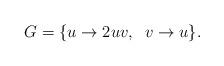
LaTeX: \begin{align*} G=\{ u \rightarrow 2uv, \;\; v \rightarrow u\}.\end{align*}